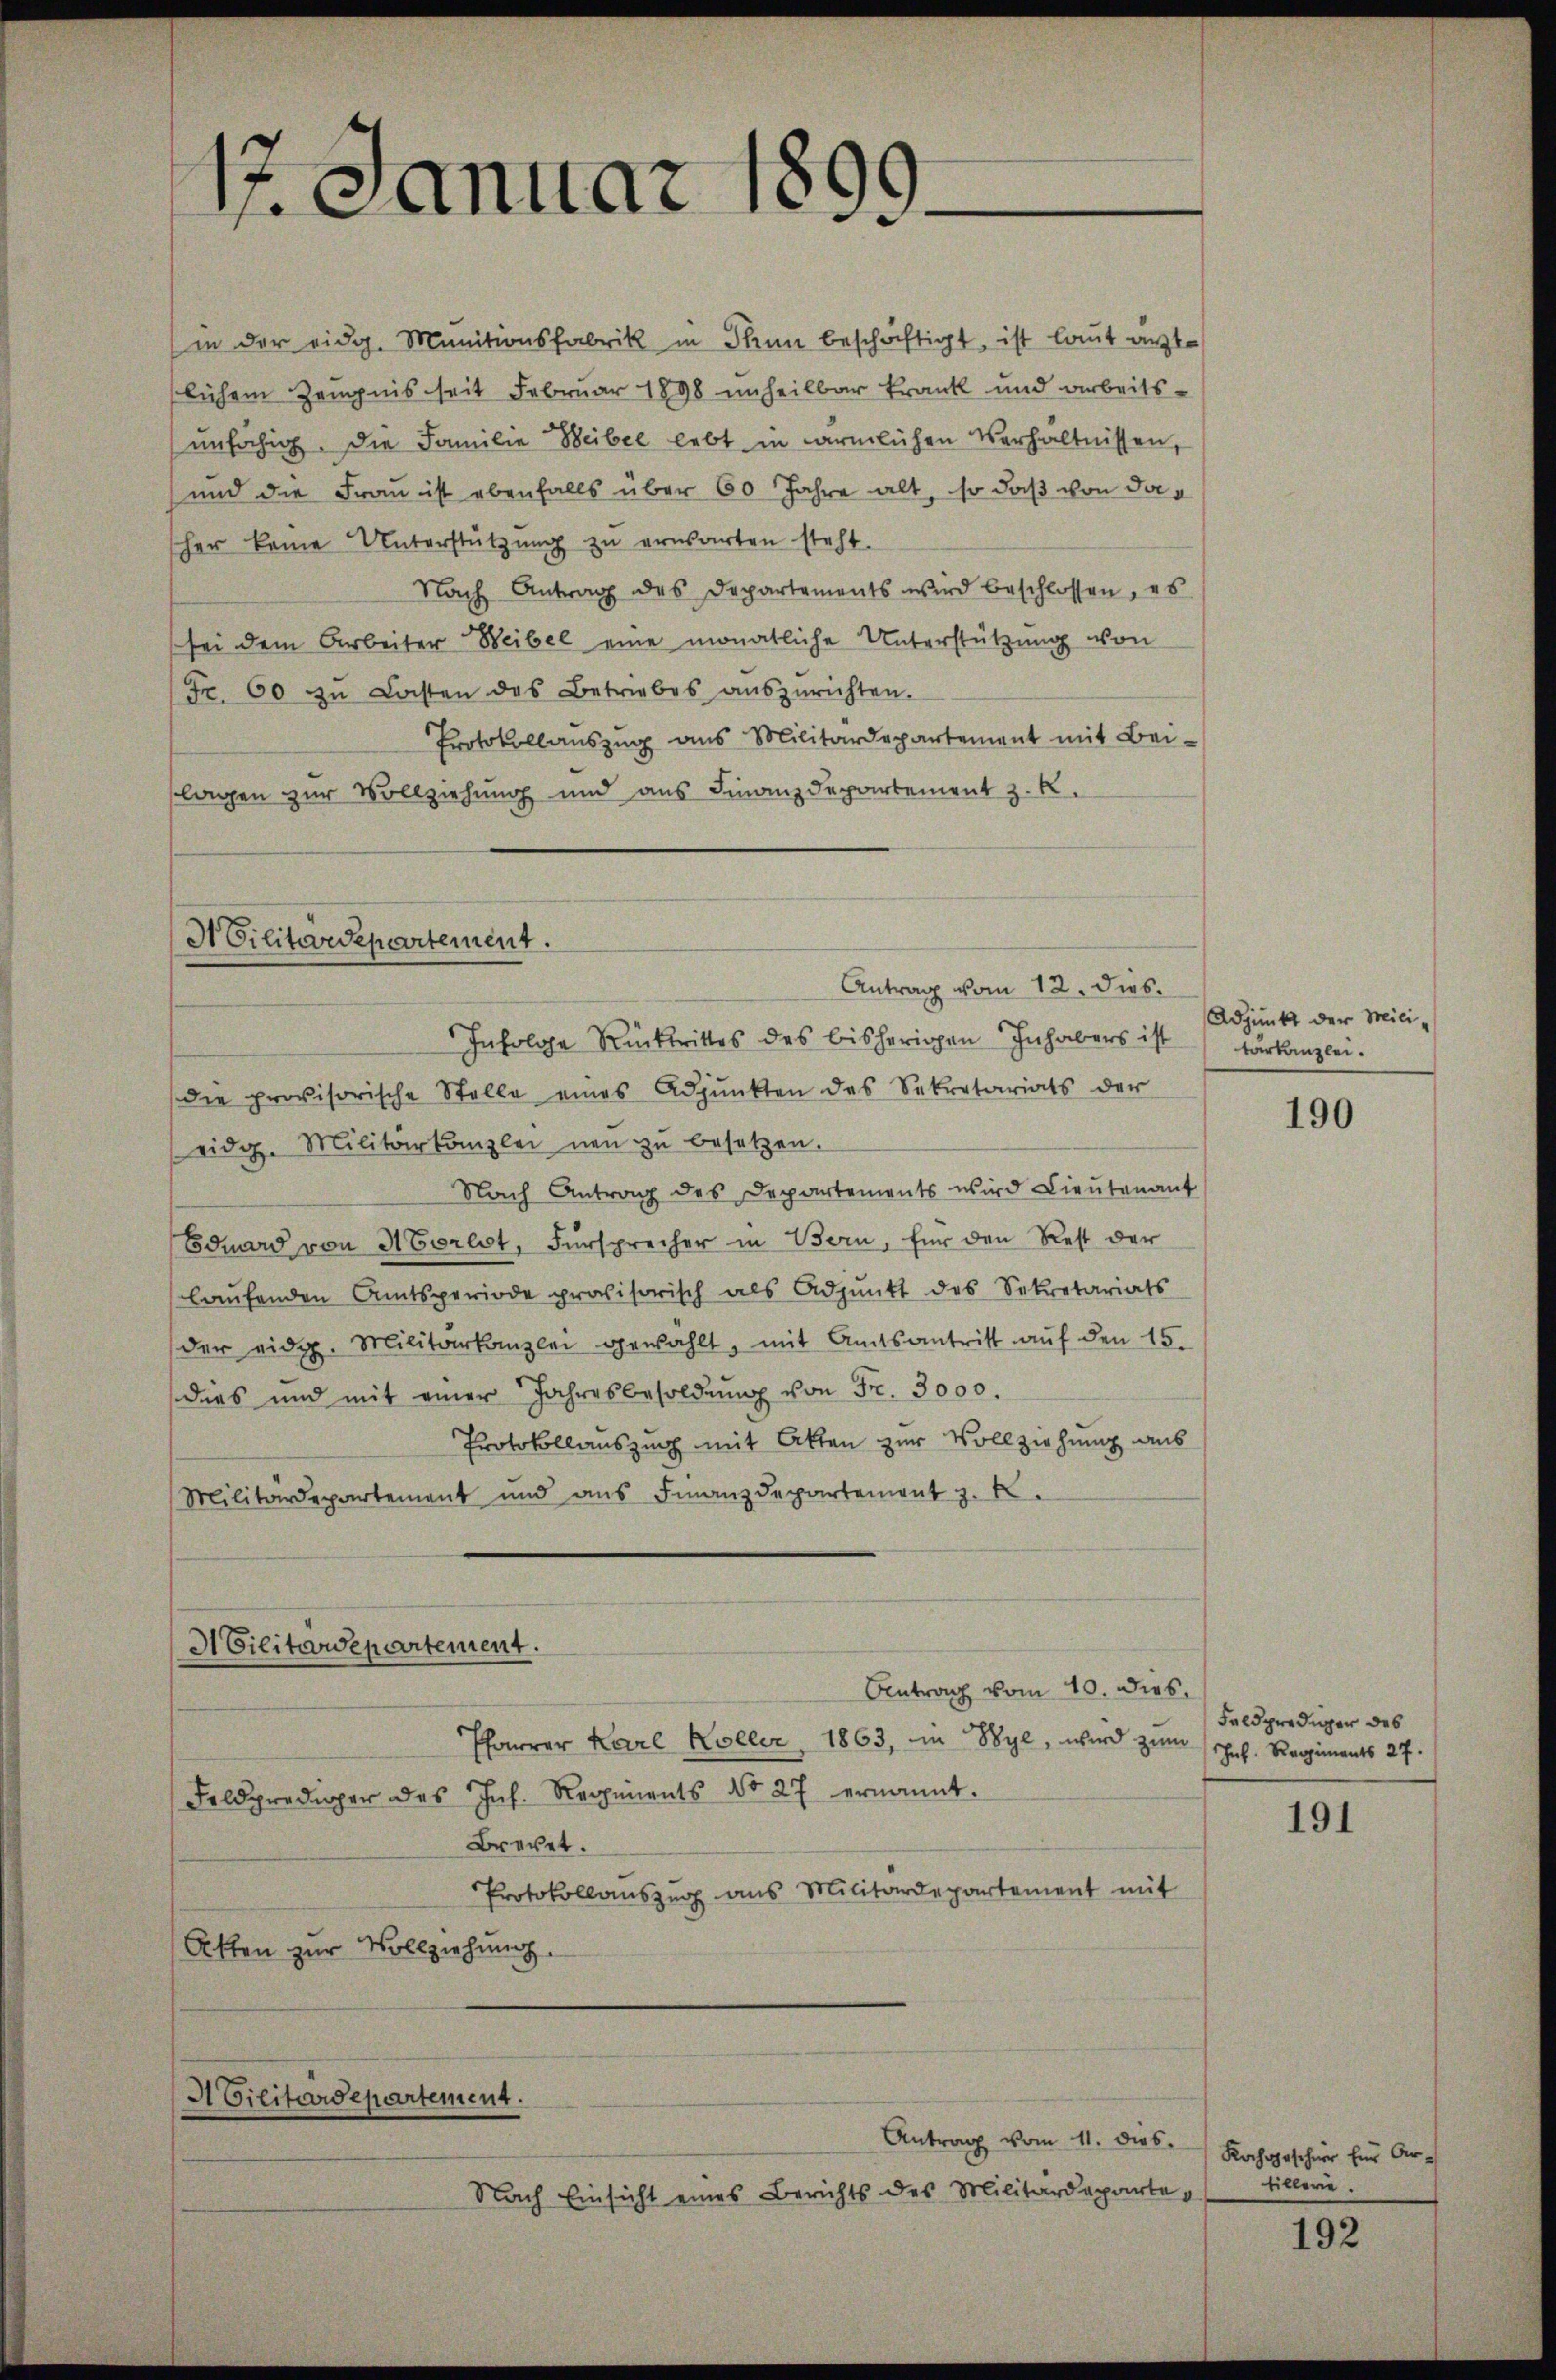
17. Januar 1899.

(in der eidg. Munitionsfabrik in Thun beschäftigt, ist laut antlichem Zeugnis seit Februar 1898 unheilbar krank und arbeitsunfähig. Die Familie Weibel lebt in ärmlichen Verhältnissen,
und die Frau ist ebenfalls über 60 Jahre alt, so daß von daher keine Unterstützung zu erwarten steht.
Nach Antrag des Departements wird beschlossen, es
sei dem Arbeiter Weibel eine monatliche Unterstützung von
Fr. 60 zu Lasten des Betriebes auszurichten.
Protokollauszug aus Militärdepartement mit Bei-
lagen zur Vollziehung und aus Finanzdepartement z. B.

Militärdepartement.

ACilitärdepartement.

ACilitärdepartement.

Antrag vom 10. dies
Pfarrer Karl Koller 1863, in Wyl, wird zŭm Joh. Regiments 27.
Feldprediger des Joh. Regiments No 27 ernannt.
Brechet.
Protokollauszug aus Militärdepartement mit
Akten zur Vollziehung.

Antrag vom 11. dies
Nach Einsicht eines Berichts des Militärdeparte¬

Antrag vom 12. dies.
Infolge Rücktrittes des bisherigen Inhabers ist verkanzlei.
die provisorische Stelle eines Adjunkten des Sekretariats der
eidg. Militartanzlei neu zŭ besetzen.
Nach Antrag des Departements wird Lieutenant
Eduard von Morlot, Fürsprecher in Bern, für den Rest der
laufenden Amtsperiode provisorisch als Adpŭnkt des Sekretariats
der eidg. Militarkanzlei gewählt, mit Amtsantrist auf den 15.
dies und mit einer Jahresbesoldŭng von Fr. 3000.
Protokollauszug mit Akten zur Vollziehung aus
Militärdepartement und ans Finanzdepartement z. B.

Adjunkt der Mili¬

190

Feldprediger des

191

Kochgeschier für Artillerie

192